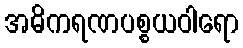
အဓိကရဏပစ္စယဝါရော